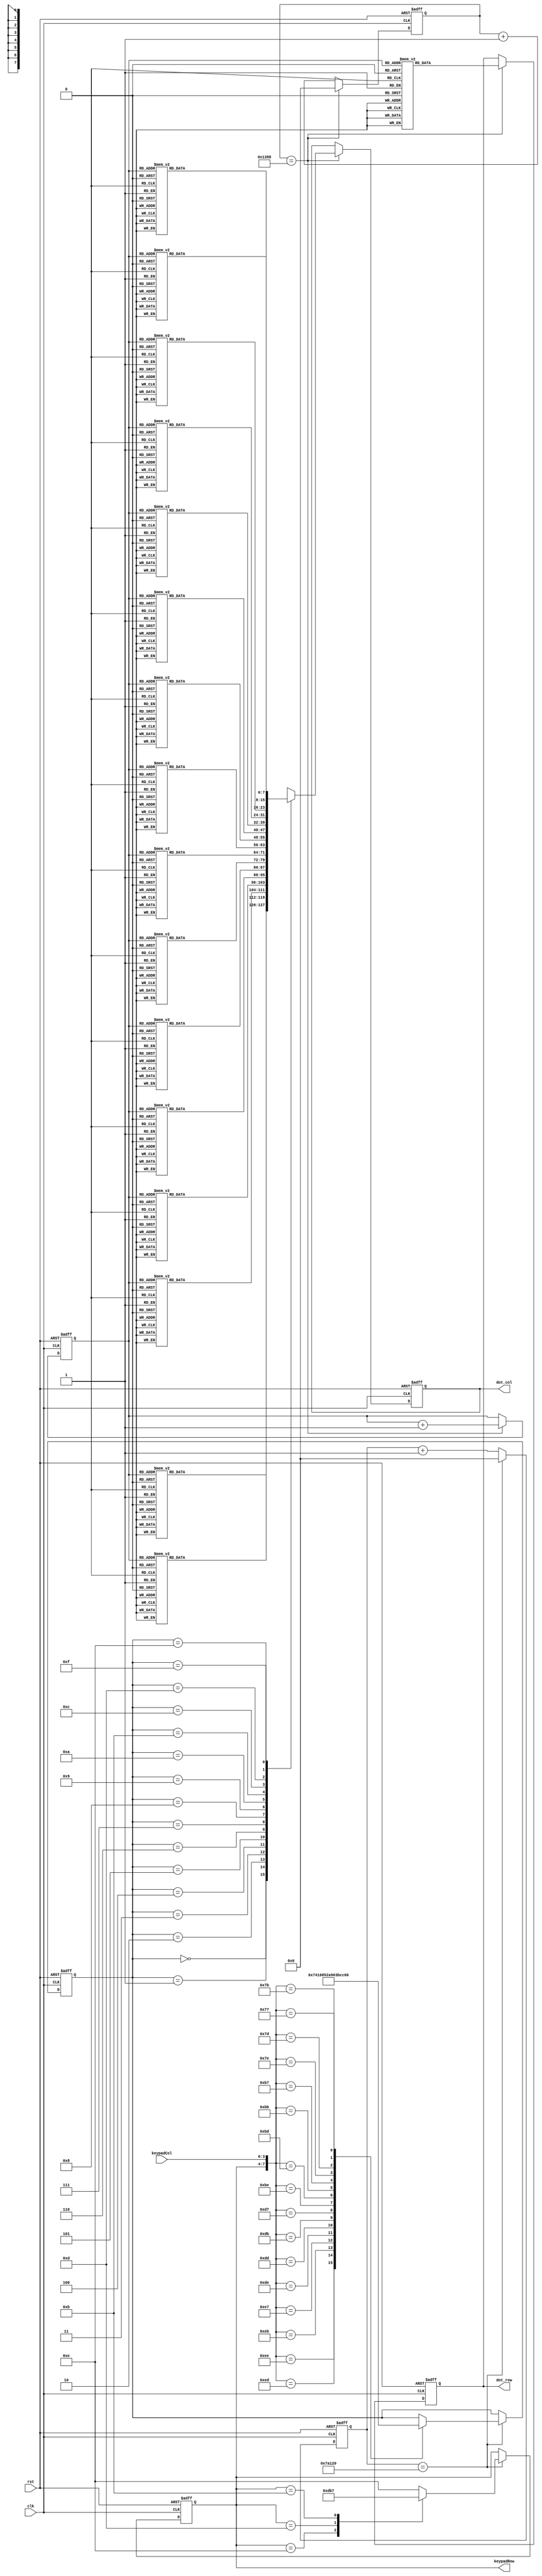
`define Time_Expire 32'd500000
`define Time_Expire_dot 32'd5000
module lab10(clk, rst, keypadRow, keypadCol, dot_col, dot_row);
	input clk, rst;
	input[3:0] keypadCol;
	output[3:0] keypadRow;
	output reg[7:0] dot_col;
	output reg[7:0] dot_row;
	reg [2:0] row_count;
	
	reg[3:0] keypadBuf;
	reg[3:0] keypadRow;
	reg[31:0] keypadDelay;
	reg[31:0] dotDelay;
	
	always@(posedge clk or negedge rst)
	begin
		if(!rst)
		begin
			dot_col <= 8'b0;
			dot_row <= 8'b0;
			row_count <= 3'b0;
			keypadRow <= 4'b1110;
			keypadBuf <= 4'b0;
			keypadDelay <= 31'd0;
			dotDelay <= 31'd0;
		end
		else
		begin
			if(keypadDelay == `Time_Expire)
			begin
				keypadDelay = 31'd0;
				case({keypadRow, keypadCol})
					8'b1110_1110:keypadBuf <= 4'h7;
					8'b1110_1101:keypadBuf <= 4'h4;
					8'b1110_1011:keypadBuf <= 4'h1;
					8'b1110_0111:keypadBuf <= 4'h0;
					
					8'b1101_1110:keypadBuf <= 4'h8;
					8'b1101_1101:keypadBuf <= 4'h5;
					8'b1101_1011:keypadBuf <= 4'h2;
					8'b1101_0111:keypadBuf <= 4'ha;
				
					8'b1011_1110:keypadBuf <= 4'h9;
					8'b1011_1101:keypadBuf <= 4'h6;
					8'b1011_1011:keypadBuf <= 4'h3;
					8'b1011_0111:keypadBuf <= 4'hb;
					
					8'b0111_1110:keypadBuf <= 4'hc;
					8'b0111_1101:keypadBuf <= 4'hd;
					8'b0111_1011:keypadBuf <= 4'he;
					8'b0111_0111:keypadBuf <= 4'hf;
					
					default:keypadBuf <= keypadBuf;
				endcase
				
				case(keypadRow)
					4'b1110:keypadRow <= 4'b1101;
					4'b1101:keypadRow <= 4'b1011;
					4'b1011:keypadRow <= 4'b0111;
					4'b0111:keypadRow <= 4'b1110;
					default:keypadRow <= 4'b1110;
				endcase
			end
			else
			begin
				keypadDelay <= keypadDelay + 31'd1;
			end
			
			if(dotDelay == `Time_Expire_dot)
			begin
				dotDelay = 31'd0;
				row_count <= row_count + 1;
				case(row_count)
					3'd0:   dot_row <= 8'b01111111;
					3'd1:	dot_row <= 8'b10111111;
					3'd2:	dot_row <= 8'b11011111;
					3'd3:	dot_row <= 8'b11101111;
					3'd4:	dot_row <= 8'b11110111;
					3'd5:	dot_row <= 8'b11111011;
					3'd6:	dot_row <= 8'b11111101;
					3'd7:	dot_row <= 8'b11111110;
				endcase
				case(keypadBuf)
				4'h0:begin
					case(row_count)
						3'd0:   dot_col <= 8'b00000000;
						3'd1:	dot_col <= 8'b00000000;
						3'd2:	dot_col <= 8'b00000000;
						3'd3:	dot_col <= 8'b00000000;
						3'd4:	dot_col <= 8'b00000000;
						3'd5:	dot_col <= 8'b00000000;
						3'd6:	dot_col <= 8'b11000000;
						3'd7:	dot_col <= 8'b11000000;
					endcase
				end
				4'h1:begin
					case(row_count)
						3'd0:   dot_col <= 8'b00000000;
						3'd1:	dot_col <= 8'b00000000;
						3'd2:	dot_col <= 8'b00000000;
						3'd3:	dot_col <= 8'b00000000;
						3'd4:	dot_col <= 8'b00000000;
						3'd5:	dot_col <= 8'b00000000;
						3'd6:	dot_col <= 8'b00110000;
						3'd7:	dot_col <= 8'b00110000;
					endcase
				end
				4'h2:begin
					case(row_count)
						3'd0:   dot_col <= 8'b00000000;
						3'd1:	dot_col <= 8'b00000000;
						3'd2:	dot_col <= 8'b00000000;
						3'd3:	dot_col <= 8'b00000000;
						3'd4:	dot_col <= 8'b00110000;
						3'd5:	dot_col <= 8'b00110000;
						3'd6:	dot_col <= 8'b00000000;
						3'd7:	dot_col <= 8'b00000000;
					endcase
				end
				4'h3:begin
					case(row_count)
						3'd0:   dot_col <= 8'b00000000;
						3'd1:	dot_col <= 8'b00000000;
						3'd2:	dot_col <= 8'b00110000;
						3'd3:	dot_col <= 8'b00110000;
						3'd4:	dot_col <= 8'b00000000;
						3'd5:	dot_col <= 8'b00000000;
						3'd6:	dot_col <= 8'b00000000;
						3'd7:	dot_col <= 8'b00000000;
					endcase
				end
				4'h4:begin
					case(row_count)
						3'd0:   dot_col <= 8'b00000000;
						3'd1:	dot_col <= 8'b00000000;
						3'd2:	dot_col <= 8'b00000000;
						3'd3:	dot_col <= 8'b00000000;
						3'd4:	dot_col <= 8'b00000000;
						3'd5:	dot_col <= 8'b00000000;
						3'd6:	dot_col <= 8'b00001100;
						3'd7:	dot_col <= 8'b00001100;
					endcase
				end
				4'h5:begin
					case(row_count)
						3'd0:   dot_col <= 8'b00000000;
						3'd1:	dot_col <= 8'b00000000;
						3'd2:	dot_col <= 8'b00000000;
						3'd3:	dot_col <= 8'b00000000;
						3'd4:	dot_col <= 8'b00001100;
						3'd5:	dot_col <= 8'b00001100;
						3'd6:	dot_col <= 8'b00000000;
						3'd7:	dot_col <= 8'b00000000;
					endcase
				end
				4'h6:begin
					case(row_count)
						3'd0:   dot_col <= 8'b00000000;
						3'd1:	dot_col <= 8'b00000000;
						3'd2:	dot_col <= 8'b00001100;
						3'd3:	dot_col <= 8'b00001100;
						3'd4:	dot_col <= 8'b00000000;
						3'd5:	dot_col <= 8'b00000000;
						3'd6:	dot_col <= 8'b00000000;
						3'd7:	dot_col <= 8'b00000000;
					endcase
				end
				4'h7:begin
					case(row_count)
						3'd0:   dot_col <= 8'b00000000;
						3'd1:	dot_col <= 8'b00000000;
						3'd2:	dot_col <= 8'b00000000;
						3'd3:	dot_col <= 8'b00000000;
						3'd4:	dot_col <= 8'b00000000;
						3'd5:	dot_col <= 8'b00000000;
						3'd6:	dot_col <= 8'b00000011;
						3'd7:	dot_col <= 8'b00000011;
					endcase
				end
				4'h8:begin
					case(row_count)
						3'd0:   dot_col <= 8'b00000000;
						3'd1:	dot_col <= 8'b00000000;
						3'd2:	dot_col <= 8'b00000000;
						3'd3:	dot_col <= 8'b00000000;
						3'd4:	dot_col <= 8'b00000011;
						3'd5:	dot_col <= 8'b00000011;
						3'd6:	dot_col <= 8'b00000000;
						3'd7:	dot_col <= 8'b00000000;
					endcase
				end
				4'h9:begin
					case(row_count)
						3'd0:   dot_col <= 8'b00000000;
						3'd1:	dot_col <= 8'b00000000;
						3'd2:	dot_col <= 8'b00000011;
						3'd3:	dot_col <= 8'b00000011;
						3'd4:	dot_col <= 8'b00000000;
						3'd5:	dot_col <= 8'b00000000;
						3'd6:	dot_col <= 8'b00000000;
						3'd7:	dot_col <= 8'b00000000;
					endcase
				end
				4'ha:begin
					case(row_count)
						3'd0:   dot_col <= 8'b00000000;
						3'd1: 	dot_col <= 8'b00000000;
						3'd2:	dot_col <= 8'b00000000;
						3'd3:	dot_col <= 8'b00000000;
						3'd4:	dot_col <= 8'b11000000;
						3'd5:	dot_col <= 8'b11000000;
						3'd6:	dot_col <= 8'b00000000;
						3'd7:	dot_col <= 8'b00000000;
					endcase
				end
				4'hb:
				begin
					case(row_count)
						3'd0:   dot_col <= 8'b00000000;
						3'd1:	dot_col <= 8'b00000000;
						3'd2:	dot_col <= 8'b11000000;
						3'd3:	dot_col <= 8'b11000000;
						3'd4:	dot_col <= 8'b00000000;
						3'd5:	dot_col <= 8'b00000000;
						3'd6:	dot_col <= 8'b00000000;
						3'd7:	dot_col <= 8'b00000000;
					endcase
				end
				4'hc:begin
					case(row_count)
						3'd0:   dot_col <= 8'b00000011;
						3'd1:	dot_col <= 8'b00000011;
						3'd2:	dot_col <= 8'b00000000;
						3'd3:	dot_col <= 8'b00000000;
						3'd4:	dot_col <= 8'b00000000;
						3'd5:	dot_col <= 8'b00000000;
						3'd6:	dot_col <= 8'b00000000;
						3'd7:	dot_col <= 8'b00000000;
					endcase
				end
				4'hd:begin
					case(row_count)
						3'd0:   dot_col <= 8'b00001100;
						3'd1:	dot_col <= 8'b00001100;
						3'd2:	dot_col <= 8'b00000000;
						3'd3:	dot_col <= 8'b00000000;
						3'd4:	dot_col <= 8'b00000000;
						3'd5:	dot_col <= 8'b00000000;
						3'd6:	dot_col <= 8'b00000000;
						3'd7:	dot_col <= 8'b00000000;
					endcase
				end
				4'he:begin
					case(row_count)
						3'd0:   dot_col <= 8'b00110000;
						3'd1:	dot_col <= 8'b00110000;
						3'd2:	dot_col <= 8'b00000000;
						3'd3:	dot_col <= 8'b00000000;
						3'd4:	dot_col <= 8'b00000000;
						3'd5:	dot_col <= 8'b00000000;
						3'd6:	dot_col <= 8'b00000000;
						3'd7:	dot_col <= 8'b00000000;
					endcase
				end
				4'hf:begin
					case(row_count)
						3'd0:   dot_col <= 8'b11000000;
						3'd1:	dot_col <= 8'b11000000;
						3'd2:	dot_col <= 8'b00000000;
						3'd3:	dot_col <= 8'b00000000;
						3'd4:	dot_col <= 8'b00000000;
						3'd5:	dot_col <= 8'b00000000;
						3'd6:	dot_col <= 8'b00000000;
						3'd7:	dot_col <= 8'b00000000;
					endcase
				end
				endcase
			end
			else
			begin
				dotDelay <= dotDelay + 31'd1;
			end
		end
	end
endmodule